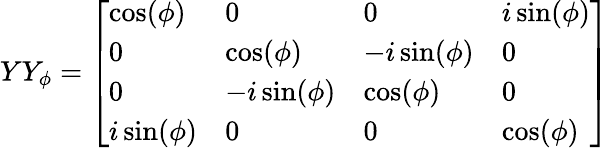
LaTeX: YY_{\phi}={\left[\begin{array}{llll}{\cos(\phi)}&{0}&{0}&{i\sin(\phi)}\\ {0}&{\cos(\phi)}&{-i\sin(\phi)}&{0}\\ {0}&{-i\sin(\phi)}&{\cos(\phi)}&{0}\\ {i\sin(\phi)}&{0}&{0}&{\cos(\phi)}\end{array}\right]}